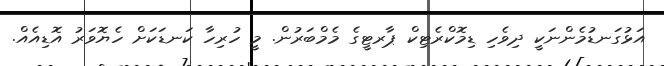
އަޅުގަނޑުމެންނަކީ ދިވެހި ޑިމޮކްރެޓިކް ޕާރޓީގެ މެމްބަރުން. މީ ހުރިހާ ކަނޑަކަށް ހެޔޮވަރު އޮޑިއެއް.